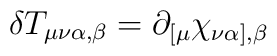
\delta T_{\mu\nu\alpha,\beta} = \partial_{[\mu}\chi_{\nu\alpha],\beta}